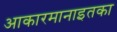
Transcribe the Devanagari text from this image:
आकारमानाइतका